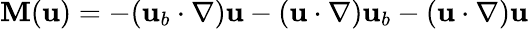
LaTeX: \mathbf{M}(\mathbf{u})=-(\mathbf{u}_{b}\cdot\nabla)\mathbf{u}-(\mathbf{u}\cdot\nabla)\mathbf{u}_{b}-(\mathbf{u}\cdot\nabla)\mathbf{u}